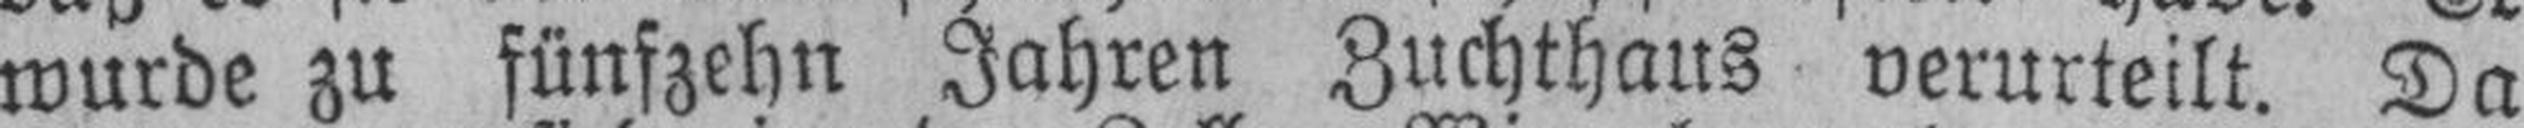
wurde zu fünfzehn Jahren Zuchthaus verurteilt. Da